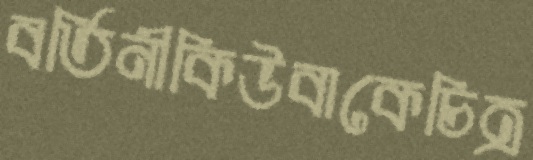
বর্তিনীকিউবাকেচিত্র